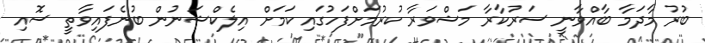
ބުރު މާދަމާ ބާއްވާނީ ސަރުކާރާ މަޝްވަރާ ކުރުމަށްފަހުގައި ކަމަށް އިލެކްޝަނުން ބުނެފައިވާތީ ސޮއި